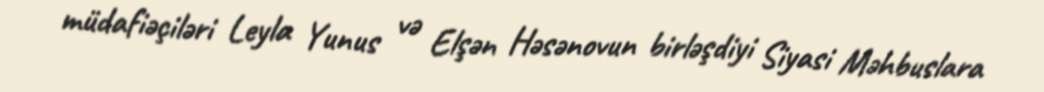
müdafiəçiləri Leyla Yunus və Elşən Həsənovun birləşdiyi Siyasi Məhbuslara